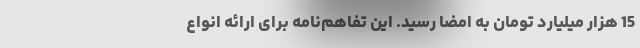
15 هزار میلیارد تومان به امضا رسید. این تفاهم‌نامه برای ارائه انواع